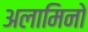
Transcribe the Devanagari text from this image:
अलामिनो